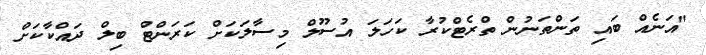
"އަނެއް ބައި ތަންތަނުން ތްރެޓްކުރާ ކަހަލަ އުސޫލް މިސާލަކަށް ކަރަންޓް ބިލް ދައްކާކަށް